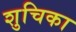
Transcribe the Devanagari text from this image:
शुचिका